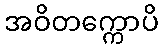
အဝိတက္ကောပိ